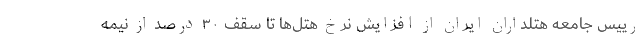
رییس جامعه هتلداران ایران از افزایش نرخ هتل‌ها تا سقف ۳۰ درصد از نیمه